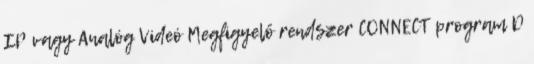
IP vagy Analóg Videó Megfigyelő rendszer CONNECT program D